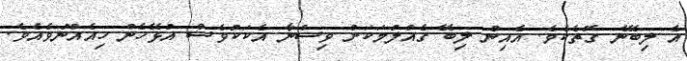
އެ ލިބޭނެ ގޮތެކެވެ. އެއިން ލިބޭ ގެއްލުމަކަށް ވިސްނާ އެކަކުވެސް އުޅޭހެން ހިއެއްނުވެއެވެ.